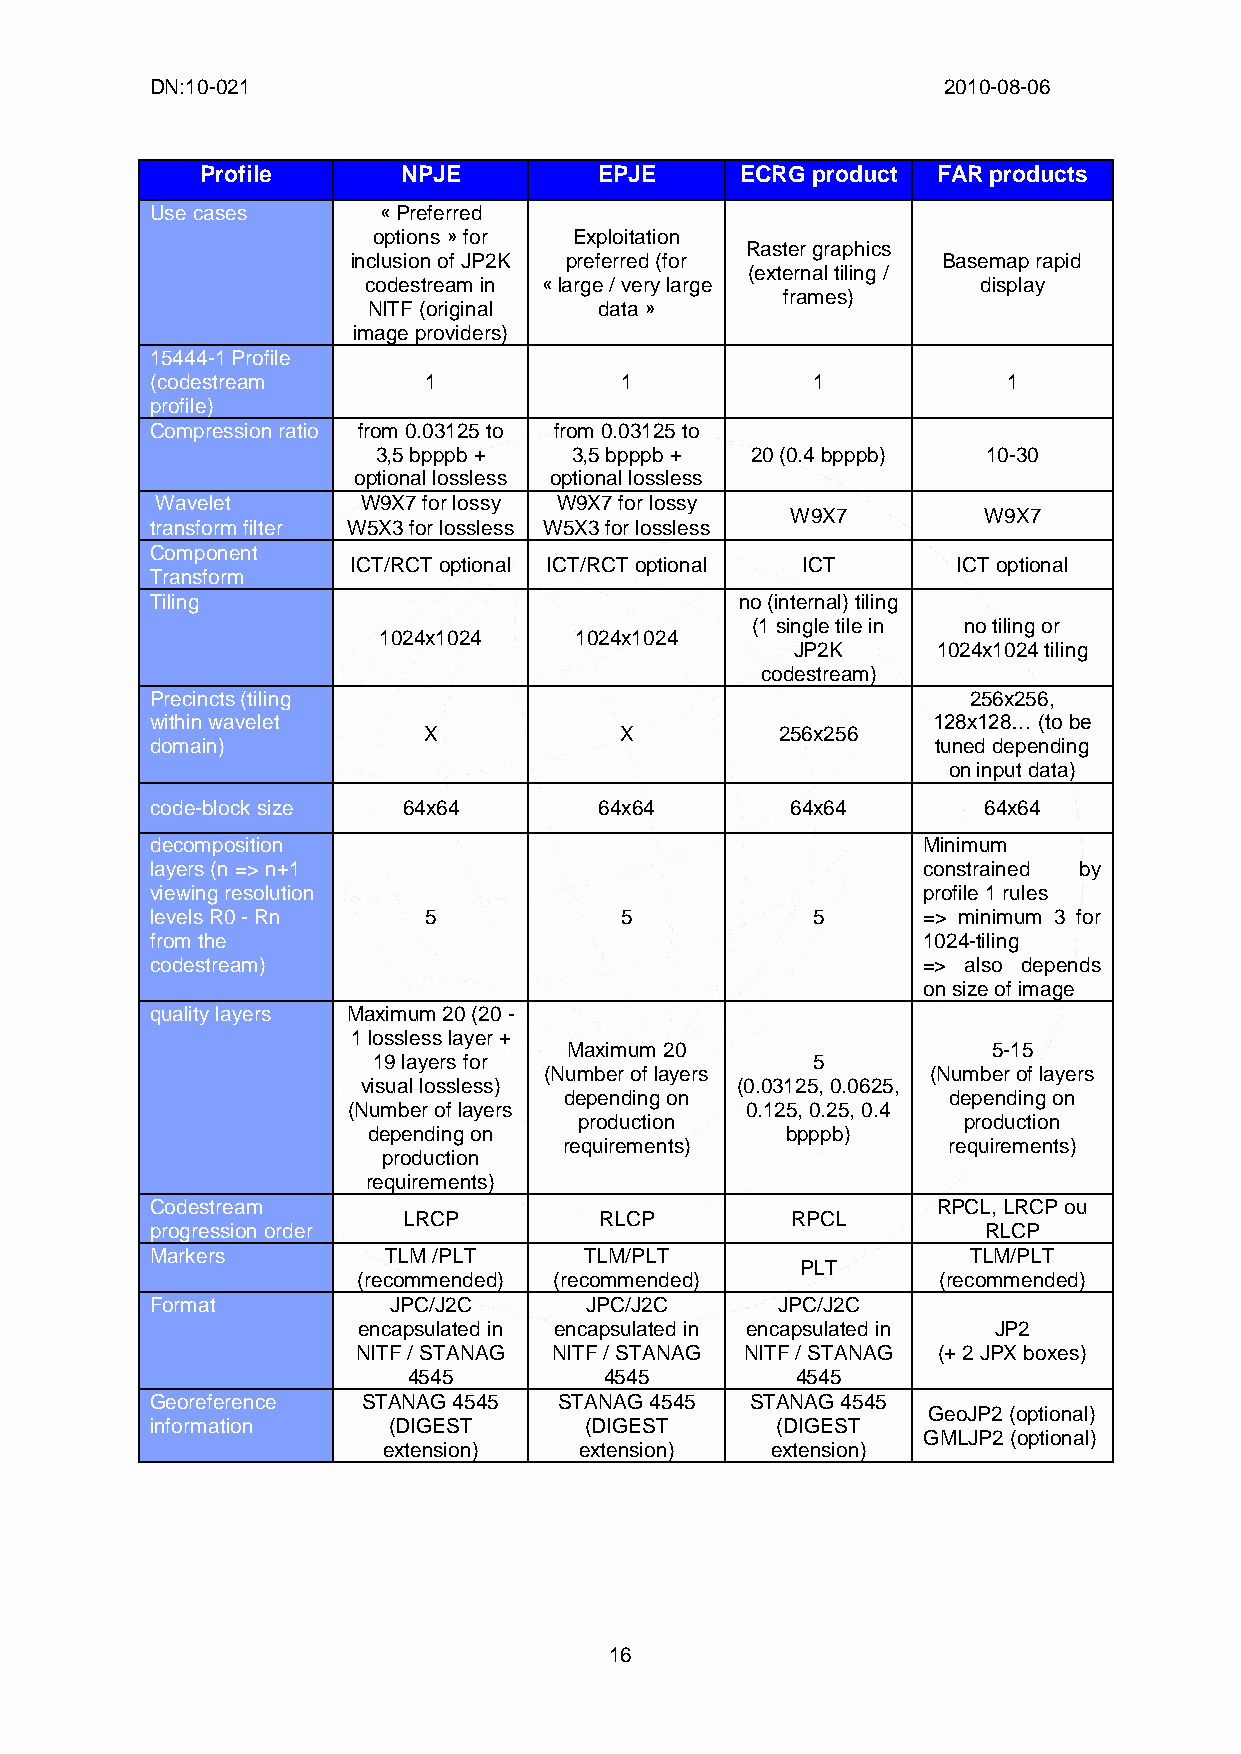
DN:10-021                                           2010-08-06
 Profile       NPJE         EPJE     ECRG product FAR products
 Use cases      « Preferred
 options » for Exploitation
 Raster graphics
 inclusion of JP2K preferred (for       Basemap rapid
 (external tiling /
 codestream in « large / very large       display
 frames)
 NITF (original  data »
 image providers)
 15444-1 Profile
 (codestream       1            1            1            1
 profile)
 Compression ratio from 0.03125 to from 0.03125 to
 3,5 bpppb +  3,5 bpppb + 20 (0.4 bpppb) 10-30
 optional lossless optional lossless
 Wavelet       W9X7 for lossy W9X7 for lossy
 W9X7         W9X7
 transform filter W5X3 for lossless W5X3 for lossless
 Component
 ICT/RCT optional ICT/RCT optional ICT   ICT optional
 Transform
 Tiling                                 no (internal) tiling
 (1 single tile in no tiling or
 1024x1024    1024x1024
 JP2K     1024x1024 tiling
 codestream)
 Precincts (tiling                                     256x256,
 within wavelet                                      128x128… (to be
 X            X          256x256
 domain)                                             tuned depending
 on input data)
 code-block size  64x64        64x64       64x64        64x64
 decomposition                                      Minimum
 layers (n => n+1                                   constrained by
 viewing resolution                                 profile 1 rules
 levels R0 - Rn    5            5            5      => minimum 3 for
 from the                                           1024-tiling
 codestream)                                        => also depends
 on size of image
 quality layers Maximum 20 (20 -
 1 lossless layer +
 Maximum 20                  5-15
 19 layers for                5
 (Number of layers         (Number of layers
 visual lossless)         (0.03125, 0.0625,
 depending on              depending on
 (Number of layers         0.125, 0.25, 0.4
 production                production
 depending on                bpppb)
 requirements)             requirements)
 production
 requirements)
 Codestream                                          RPCL, LRCP ou
 LRCP         RLCP        RPCL
 progression order                                      RLCP
 Markers        TLM /PLT      TLM/PLT                  TLM/PLT
 PLT
 (recommended) (recommended)           (recommended)
 Format          JPC/J2C      JPC/J2C     JPC/J2C
 encapsulated in encapsulated in encapsulated in JP2
 NITF / STANAG NITF / STANAG NITF / STANAG (+ 2 JPX boxes)
 4545         4545         4545
 Georeference  STANAG 4545  STANAG 4545  STANAG 4545
 GeoJP2 (optional)
 information     (DIGEST      (DIGEST     (DIGEST
 GMLJP2 (optional)
 extension)   extension)   extension)
 16